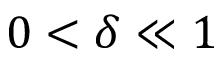
0 < \delta \ll 1